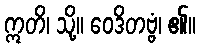
ဣတိ၊ သို့။ ဝေဒိတဗ္ဗံ၊ ၏။